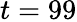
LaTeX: t=99